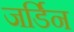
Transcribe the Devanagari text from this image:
जर्डिन